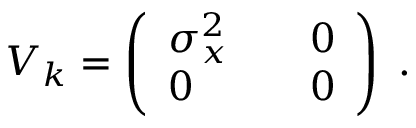
V _ { k } = \left( \begin{array} { l l l } { \sigma _ { x } ^ { 2 } } & { } & { 0 } \\ { 0 } & { } & { 0 } \end{array} \right) \; .